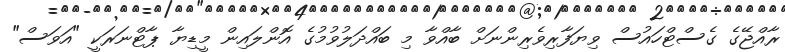
ރާއްޖޭގެ ގެސްޓްހައުސް ވިޔަފާރިވެރިންނަށް ބާއްވާ މި ބައްދަލުވުމުގެ އޮންލައިން މީޑިޔާ ޕާޓްނަރަކީ "އަވަސް"